Report on vaccination in Madras 1895-1903 - 1895-1903
Year: 1895
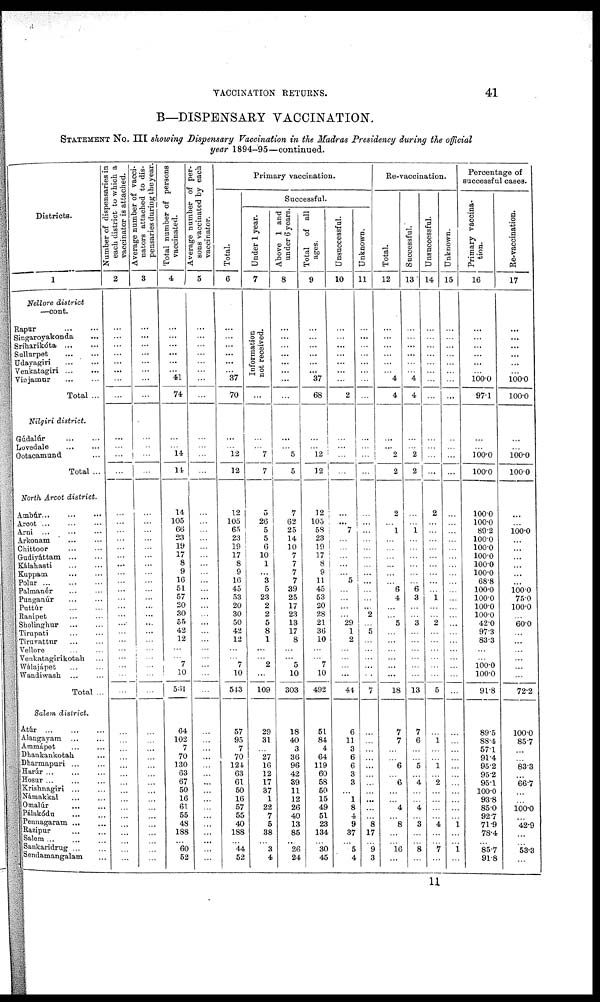
VACCINATION RETURNS.
41
B—DISPENSARY VACCINATION.
STATEMENT No. III showing Dispensary Vaccination in the Madras Presidency during the official
year 1894-95—continued.
Districts.
1
Nellore district
—cont.
Rapur
...
...
Singaroyakonda
...
Sríharikóta
...
...
Sullurpet
...
...
Udayagiri
...
...
Venkatagin
...
...
Vinjamur
...
...
Total ...
Nilgiri district.
Gúdalúr
...
...
Lovedale ... ...
Ootacamund ...
Total ...
North Arcot district.
Ambúr ... ... ...
Arcot ... ... ...
Arni ... ... ...
Arkonam
...
...
Chittoor
...
...
Gudiyáttam
...
...
Kálahasti
...
...
Kuppam
...
...
Polur
...
...
...
Palmanér ... ...
Punganúr
...
...
Puttúr
...
...
Ranipet ... ...
Sholinghur
...
...
Tirupati ... ...
Tiruvattur ... ...
Vellore ... ...
Venkatagirikotah ...
Wálajápet ... ...
Wandiwash ...
Total ...
Salem district.
Atúr
...
...
...
Alangayam ... ...
Ammápet ... ...
Dhankankotah ...
Dharmapuri ... ...
Harúr
...
...
...
Hosur ... ... ...
Krishnagiri ... ...
Námakkal
...
...
Omalúr ... ...
Pálakódu
...
...
Pennagaram ... ...
Razipur ... ...
Salem ... ... ...
Sankaridrug ... ...
Sendamangalam ...
Number of dispensaries in
each district to which a
vaccinator is attached.
2
...
...
...
...
...
... ...
...
...
... ...
...
...
...
...
...
...
...
...
...
...
...
...
... ...
...
...
...
...
...
...
...
...
...
...
...
...
...
...
...
...
...
...
...
...
...
... ...
...
Average number of vacci-
nators attached to dis-
pensaries during the year.
3
...
...
...
...
...
... ...
...
...
...
...
...
...
...
...
...
...
...
...
...
...
...
...
...
...
...
...
...
...
...
...
...
...
...
...
...
...
...
...
...
...
...
...
...
...
...
... ...
...
Total number of persons
vaccinated.
4
...
...
...
...
...
... 41
74
...
... 14
14
14
105
66 23
19
17
8
9
16
51
57
20 30
55
42
12
...
...
7
10
561
64
102
7
70
130
63
67
50
16
61
55
48
188
...
60
52
Average number of per-
sons vaccinated by each
vaccinator.
5
...
... ...
...
...
... ...
...
...
...
...
...
...
...
...
...
...
...
...
...
...
...
...
...
...
...
...
...
...
...
...
...
...
...
...
...
...
...
...
...
...
...
...
...
...
...
... ...
...
Primary vaccination.
Total.
6
...
...
...
...
...
... 37
70
...
... 12
12
12
105
65
23 19
17
8
9
16
45
53
20 30
50
42
12
...
...
7
10
543
57
95
7
70
124
63
61
50
16
57
55
40
188
...
44
52
Successful.
Under 1 year.
7
Information
not received.
...
...
... 7
7
5
26
5 5
6
10
1
...
3 5
23
2 2
5
8
1
...
...
2
...
109
29
31
...
27
16
12
17
37
1
22
7
5
38
...
3
4
Above 1 and
under 6 years.
8
...
...
...
...
...
... ...
...
...
... 5
5
7
62
25 14
10
7
7
7
7
39
25
17
23
13
17
8
...
...
5
10
303
18
40
3
36
96
42
39
11
12
26
40
13
85
...
26
24
Total of all
ages.
9
...
...
...
...
...
... 37
68
...
... 12
12
12 105
58 23
19
17
8
9
11
45
53
20 28
21
36
10
...
...
7
10
492
51
84
4
64
119
60
58
50
15
49
51
23
134
...
30
45
Unsuccessful.
10
...
...
...
...
...
... ...
2
...
...
...
...
...
...
7
...
...
...
...
...
5
...
...
...
...
29
1
2
...
...
...
...
41
6
11
3
6
6
3
3
...
1
8
4
9
37
...
5
4
Unknown.
11
...
...
...
...
...
... ...
...
...
...
...
...
...
...
...
...
...
...
...
...
...
...
...
... 2
...
5
...
...
...
...
...
7
...
...
...
...
...
...
...
...
...
...
...
8
17
...
9
3
Re-vaccination.
Total.
12
...
...
...
...
...
... 4
4
...
... 2
2
2
...
1
...
...
...
...
...
...
6
4
...
...
5
...
...
...
...
...
...
18
7
7
...
...
6
... 6
...
...
4
...
8
...
...
16
...
Successful.
13
...
...
...
...
...
... 4
4
...
... 2
2
...
...
1
...
...
...
...
...
...
6
3
...
...
3
...
...
...
...
...
...
13
7
6
...
...
5
... 4
...
...
4
...
3
...
...
8
...
Unsuccessful.
14
...
...
...
...
...
... ...
...
...
...
...
...
2
...
...
...
...
...
...
...
...
...
1
...
...
2
...
...
...
...
...
...
5
...
1
...
...
1
... 2
...
...
...
...
4
...
...
7
...
Unknown.
15
...
...
...
...
...
... ...
...
...
...
...
...
...
...
...
...
...
...
...
...
...
...
...
...
...
...
...
...
...
...
...
...
...
...
...
...
...
...
...
...
...
...
...
...
1
...
...
1
...
Percentage of
successful cases.
Primary vaccina-
tion.
16
...
...
...
...
...
... 100.0
97.1
...
... 100.0
100.0
100.0
100.0
89.2 100.0
100.0
100.0
100.0
100.0
68.8
100.0
100.0
100.0 100.0
42.0
97.3
83.3
...
...
100.0
100.0
91.8
89.5
88.4
57.1
91.4
95.2
95.2
95.1
100.0
93.8
85.0
92.7
71.9
78.4
...
85.7
91.8
Re-vaccination.
17
...
...
...
...
...
... 100.0
100.0
...
... 100.0
100.0
...
...
100.0
...
...
...
...
...
...
100.0
75.0
100.0
...
60.0
...
...
...
...
...
...
72.2
100.0
85.7
...
...
83.3
...
66.7
...
...
100.0
...
42.9
...
...
53.3
...
11